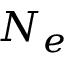
N _ { e }